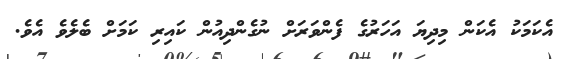
އެކަމަކު އެކަން މިދިޔަ އަހަރުގެ ފެންވަރަށް ނުގެންދިއުން ކައިރި ކަމަށް ބެލެވެ އެވެ.